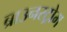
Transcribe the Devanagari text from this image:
ब्राउनस्ट्रोम